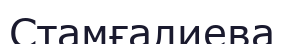
Стамғалиева